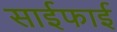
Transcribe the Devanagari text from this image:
साईफाई